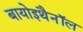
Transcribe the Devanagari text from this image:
बायोइथैनॉल